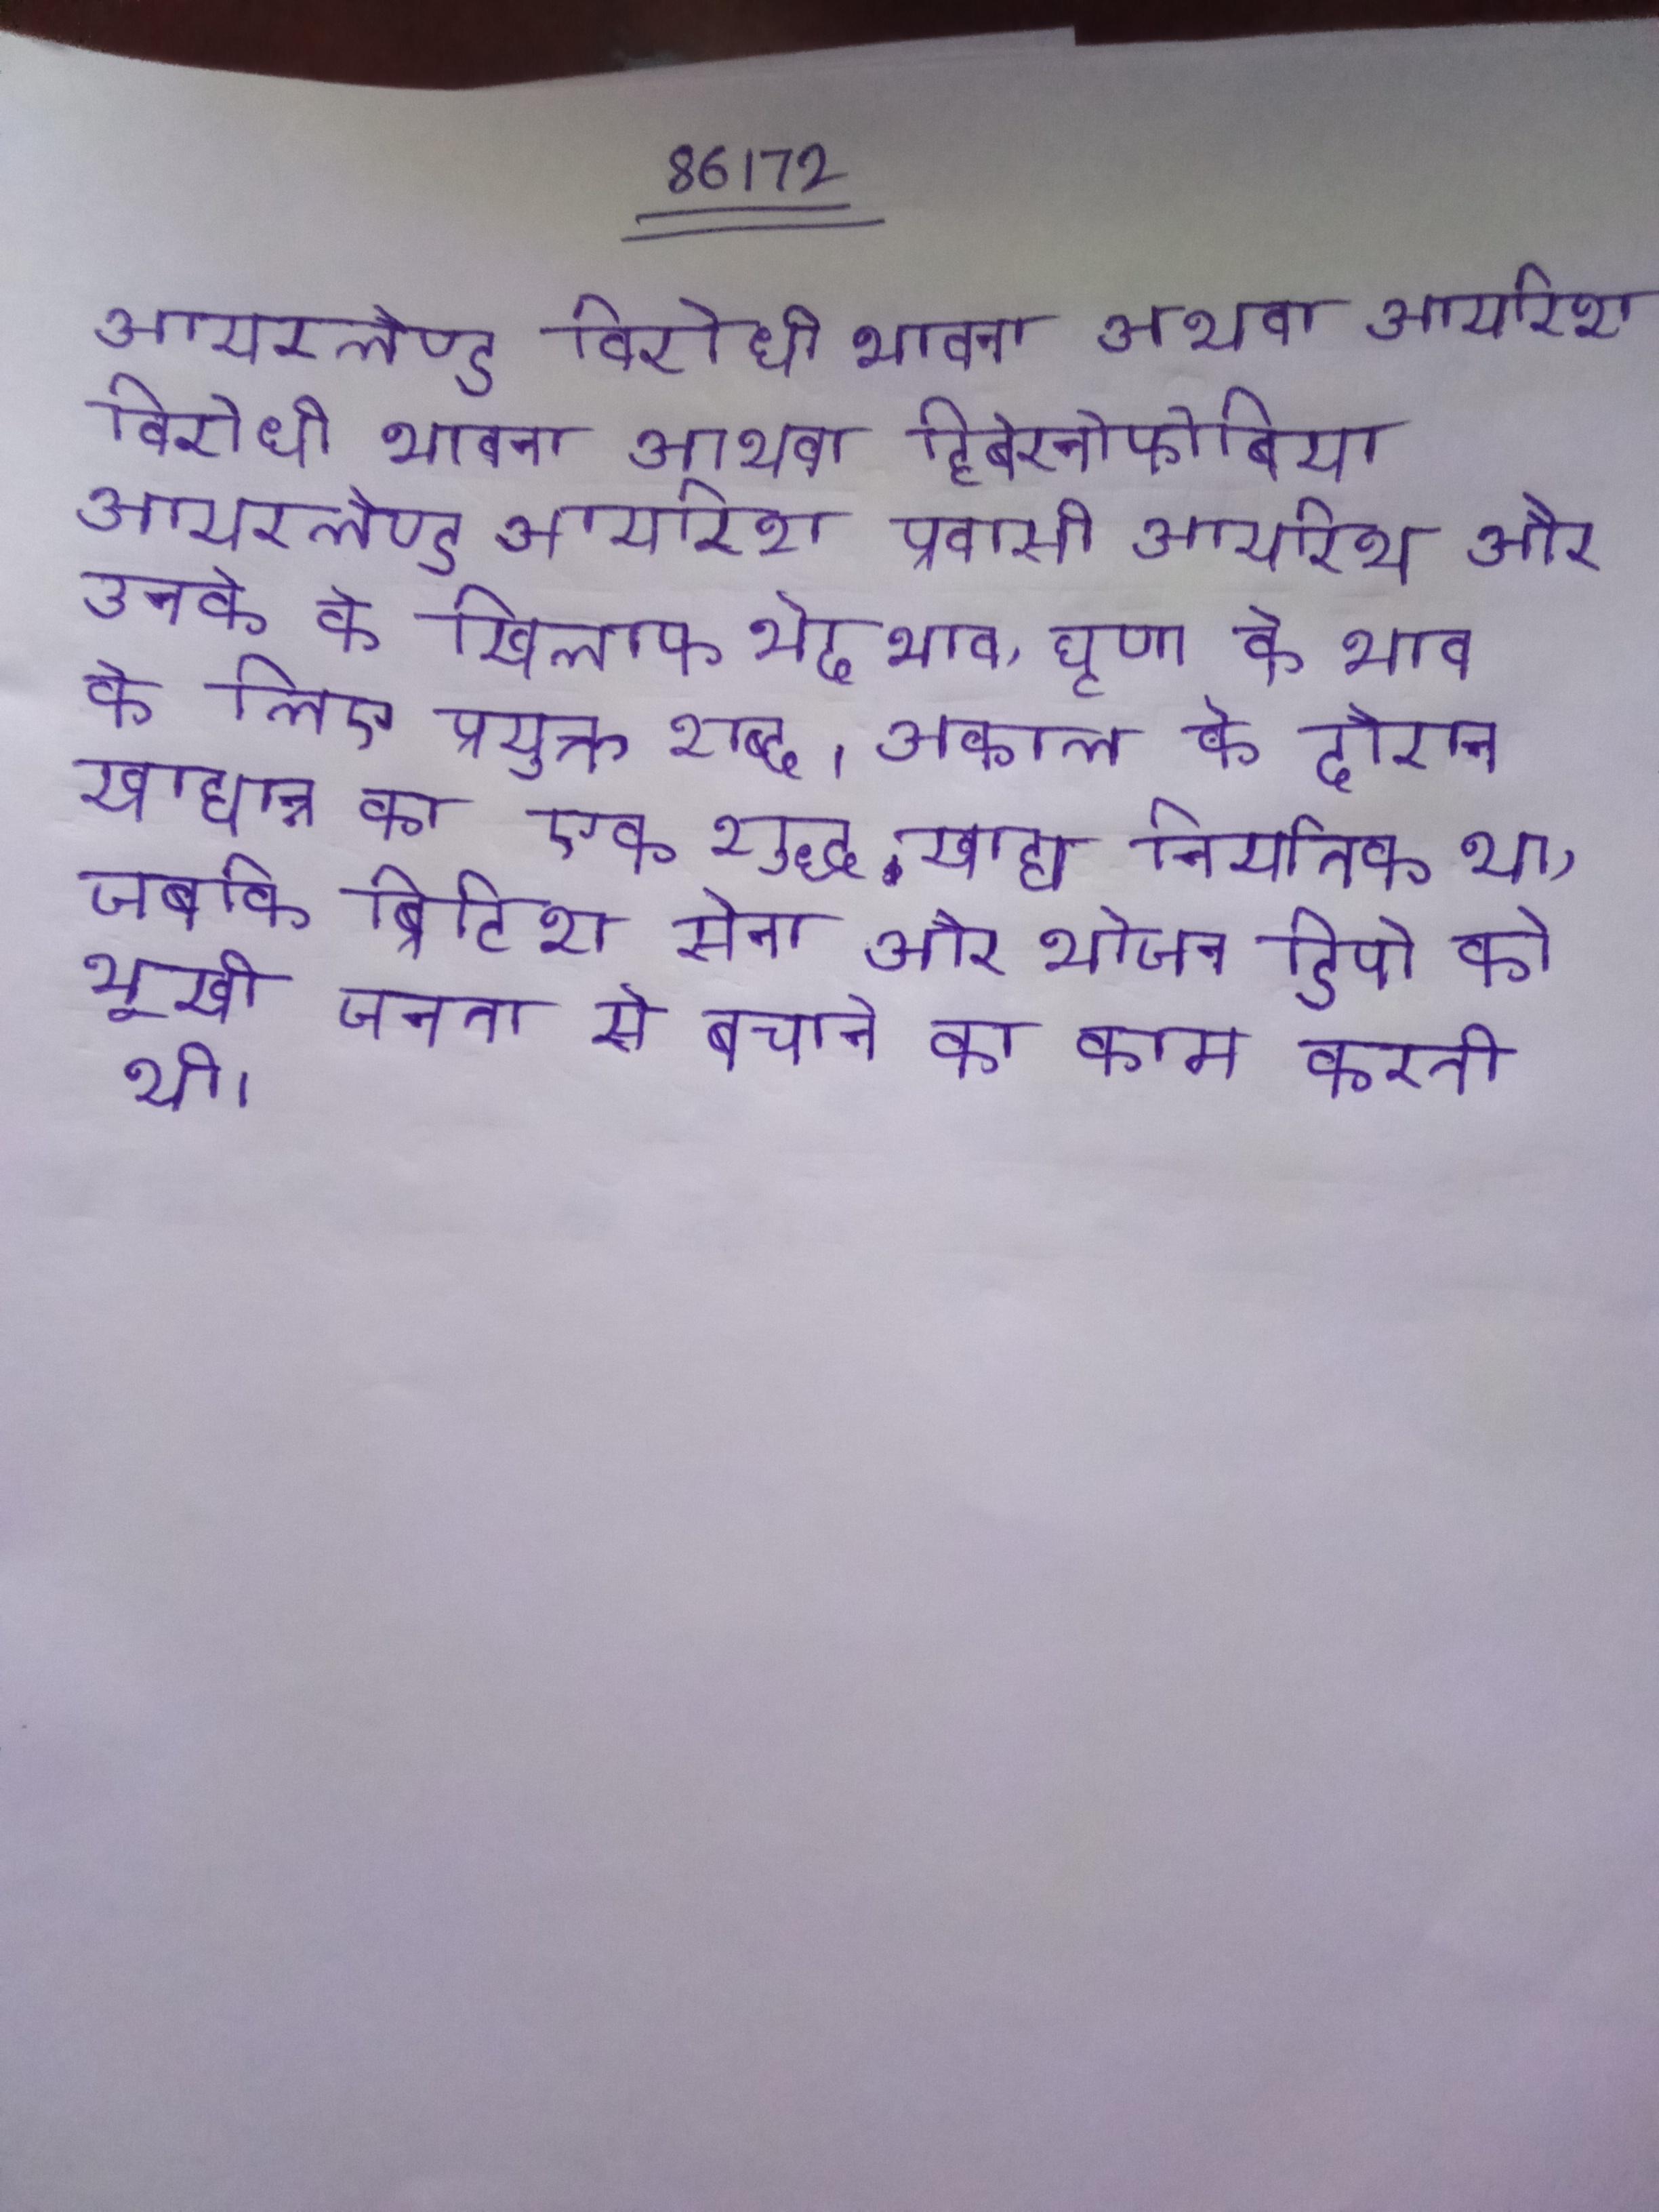
आयरलैण्ड विरोधी भावना अथवा आयरिश विरोधी भावना अथवा हिबेरनोफोबिया आयरलैण्ड आयरिश प्रवासी आयरिश और उनके के खिलाफ भेदभाव, घृणा के भाव के लिए प्रयुक्त शब्द । अकाल के दौरान खाद्यान्न का एक शुद्ध खाद्य निर्यातक था, जबकि ब्रिटिश सेना और भोजन डिपो को भूखी जनता से बचाने का काम करती थी ।